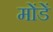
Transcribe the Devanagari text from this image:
मोंडें